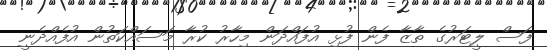
ފަސް ލީޓަރުގެ ތާޒާ ފެން ފުޅި އުފައްދަން މިހާރު ކުރާ މަސައްކަތުން އުފެއްދެނީ